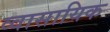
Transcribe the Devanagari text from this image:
व्वासायिक